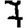
Digit: 7